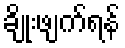
ချိုးဖျက်ရန်